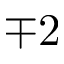
\mp 2